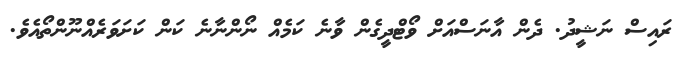
ރައިސް ނަޝީދު. ދެން އާނަސްއަށް ވޯޓްދީގެން ވާނެ ކަމެއް ނޯންނާނެ ކަން ކަށަވަރެއްނޫންތޯއެވެ.